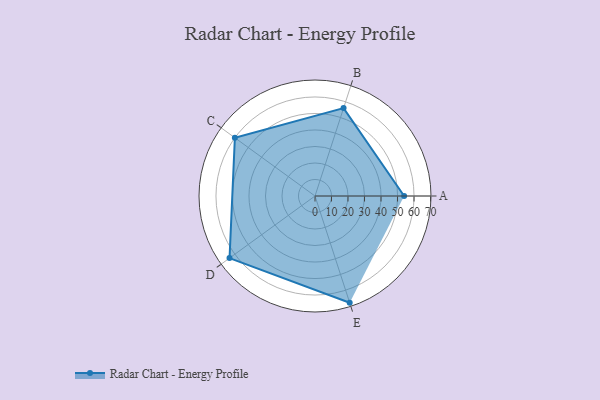
{"axis": {"x": "Skill", "y": "Score"}, "legend": ["Profile"], "data": [{"x": "A", "y": 54.0, "type": "Profile"}, {"x": "B", "y": 56.0, "type": "Profile"}, {"x": "C", "y": 60.0, "type": "Profile"}, {"x": "D", "y": 64.0, "type": "Profile"}, {"x": "E", "y": 68.0, "type": "Profile"}]}